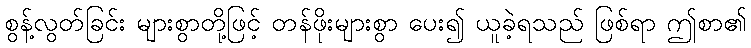
စွန့်လွတ်ခြင်း များစွာတို့ဖြင့် တန်ဖိုးများစွာ ပေး၍ ယူခဲ့ရသည် ဖြစ်ရာ ဤစာ၏